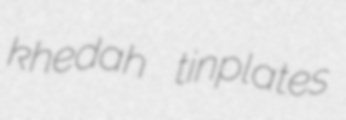
khedah tinplates